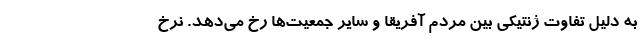
به دلیل تفاوت ژنتیکی بین مردم آفریقا و سایر جمعیت‌ها رخ می‌دهد. نرخ